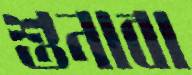
শুনাবা